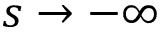
s \to - \infty